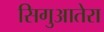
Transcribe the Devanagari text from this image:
सिगुआतेरा